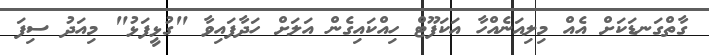
ގާތްގަނޑަކަށް އެއް މިލިއަނެއްހާ އަކަފޫޓް ހިއްކައިގެން އަލަށް ހަދާފައިވާ "ގުޅީފަޅު" މިއަދު ސިފަ